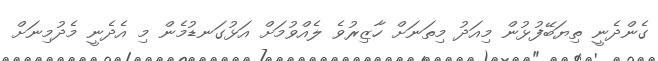
ގެންދެނީ ތިޔަބޭފުޅުން މިއަދު މިތަނަށް ހާޒިރުވެ ލެއްވުމަށް އަޅުގަނޑުމެން މި އެދެނީ މެދުމިނަށް